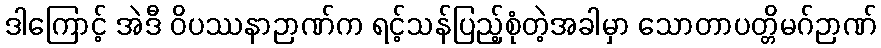
ဒါကြောင့် အဲဒီ ဝိပဿနာဉာဏ်က ရင့်သန်ပြည့်စုံတဲ့အခါမှာ သောတာပတ္တိမဂ်ဉာဏ်